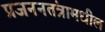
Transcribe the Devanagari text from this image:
प्रजननतंत्रामधील